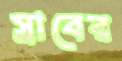
স্রাবের